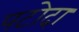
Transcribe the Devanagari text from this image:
पटोदा